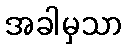
အခါမှသာ